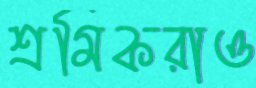
শ্রমিকরাও